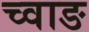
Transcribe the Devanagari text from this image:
च्वाङ